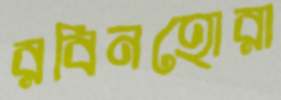
রবিনহোরা